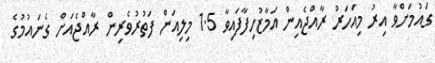
ގައުމަށްވާ އިރު މިއަހަރު ރާއްޖެއިން އަމާޒުހިފާފައިވާ 1.5 މިލިއަން ފަތުރުވެރިން ރާއްޖެއަށް ގެނައުމުގެ